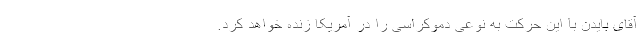
آقای بایدن با این حرکت به نوعی دموکراسی را در آمریکا زنده خواهد کرد.